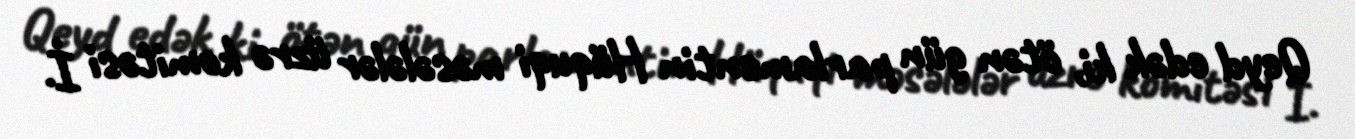
Qeyd edək ki, ötən gün parlamentin Hüquqi məsələlər üzrə komitəsi İ.